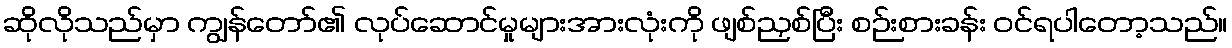
ဆိုလိုသည်မှာ ကျွန်တော်၏ လုပ်ဆောင်မှုများအားလုံးကို ဖျစ်ညှစ်ပြီး စဉ်းစားခန်း ဝင်ရပါတော့သည်။